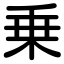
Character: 乗